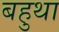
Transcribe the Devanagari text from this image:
बहुथा